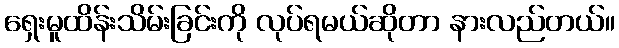
ရှေးမူထိန်းသိမ်းခြင်းကို လုပ်ရမယ်ဆိုတာ နားလည်တယ်။